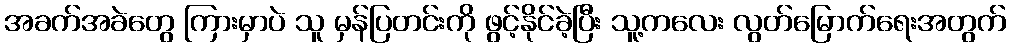
အခက်အခဲတွေ ကြားမှာပဲ သူ မှန်ပြတင်းကို ဖွင့်နိုင်ခဲ့ပြီး သူ့ကလေး လွတ်မြောက်ရေးအတွက်